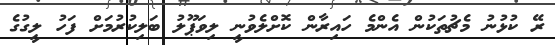
ރޭ ކުޅުނު މެޗުތަކުން އެންމެ ހައިރާން ކޮށްލެވުނީ ލިވަޕޫލު ބަލިކުރުމަށް ފަހު ލީގުގެ